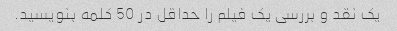
یک نقد و بررسی یک فیلم را حداقل در 50 کلمه بنویسید.